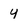
Character: y